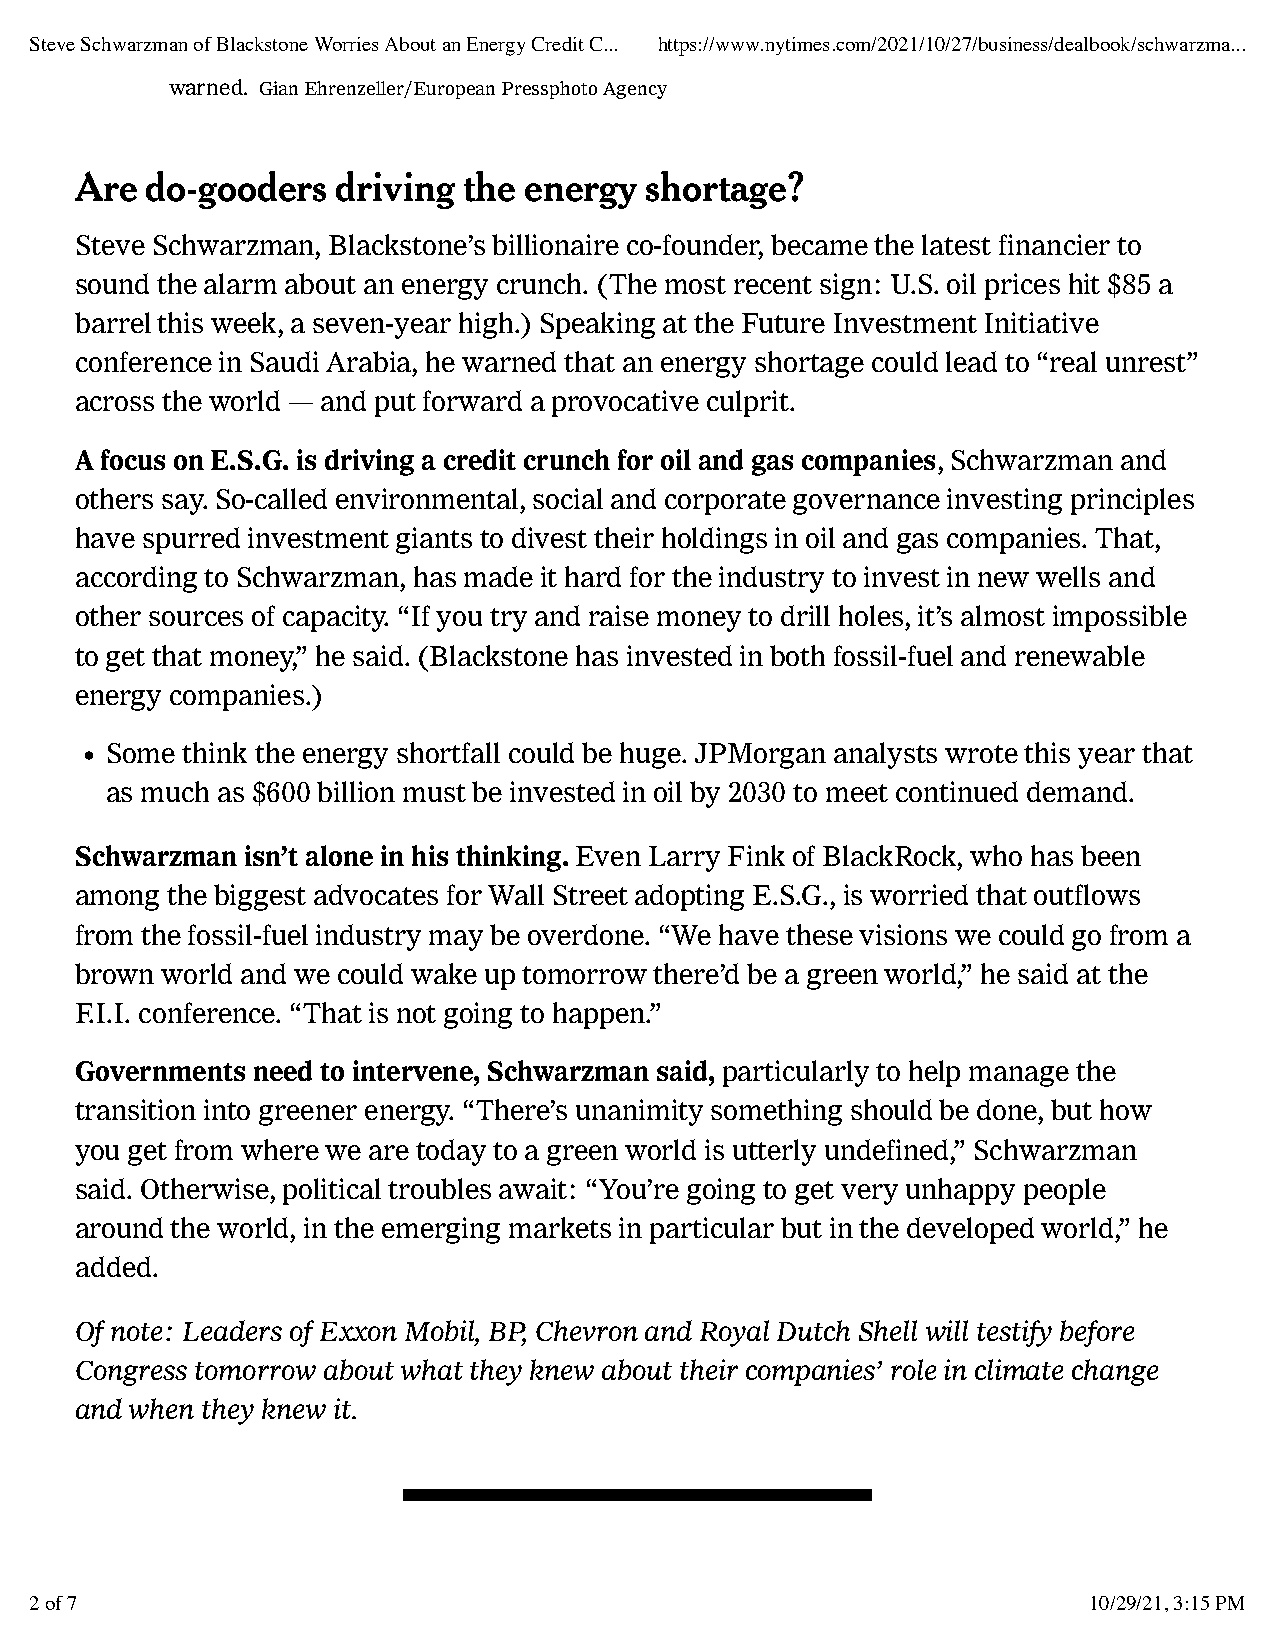
Steve Schwarzman of Blackstone Worries About an Energy Credit C... https://www.nytimes.com/2021/10/27/business/dealbook/schwarzma...
 warned. Gian Ehrenzeller/European Pressphoto Agency
 Are  do-gooders  driving  the energy  shortage?
 Steve Schwarzman, Blackstone’s billionaire co-founder, became the latest financier to
 sound the alarm about an energy crunch. (The most recent sign: U.S. oil prices hit $85 a
 barrel this week, a seven-year high.) Speaking at the Future Investment Initiative
 conference in Saudi Arabia, he warned that an energy shortage could lead to “real unrest”
 across the world — and put forward a provocative culprit.
 A focus on E.S.G. is driving a credit crunch for oil and gas companies, Schwarzman and
 others say. So-called environmental, social and corporate governance investing principles
 have spurred investment giants to divest their holdings in oil and gas companies. That,
 according to Schwarzman, has made it hard for the industry to invest in new wells and
 other sources of capacity. “If you try and raise money to drill holes, it’s almost impossible
 to get that money,” he said. (Blackstone has invested in both fossil-fuel and renewable
 energy companies.)
 • Some think the energy shortfall could be huge. JPMorgan analysts wrote this year that
 as much as $600 billion must be invested in oil by 2030 to meet continued demand.
 Schwarzman isn’t alone in his thinking. Even Larry Fink of BlackRock, who has been
 among the biggest advocates for Wall Street adopting E.S.G., is worried that outflows
 from the fossil-fuel industry may be overdone. “We have these visions we could go from a
 brown world and we could wake up tomorrow there’d be a green world,” he said at the
 F.I.I. conference. “That is not going to happen.”
 Governments need to intervene, Schwarzman said, particularly to help manage the
 transition into greener energy. “There’s unanimity something should be done, but how
 you get from where we are today to a green world is utterly undefined,” Schwarzman
 said. Otherwise, political troubles await: “You’re going to get very unhappy people
 around the world, in the emerging markets in particular but in the developed world,” he
 added.
 Of note: Leaders of Exxon Mobil, BP, Chevron and Royal Dutch Shell will testify before
 Congress tomorrow about what they knew about their companies’ role in climate change
 and when they knew it.
 2 of 7                                                                10/29/21, 3:15 PM